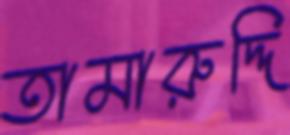
তামারুদ্দি